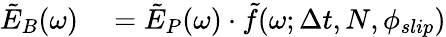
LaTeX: \begin{array}{rl}{\tilde{E}_{B}(\omega)}&{{}=\tilde{E}_{P}(\omega)\cdot\tilde{f}(\omega;\Delta t,N,\phi_{slip})}\end{array}